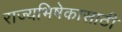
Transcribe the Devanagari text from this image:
राज्यभिषेकासाठी